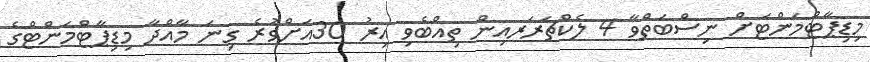
މިޑިޕާޓްމަންޓަށް ނިސްބަތްވާ 4 ލެކްޗަރަރއިން ތިއްބެވި އިރު 30އަށްވުރެ ގިނަ މާއްދާ މިޑިޕާޓްމަންޓްގެ